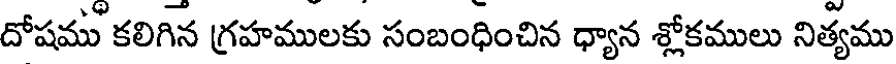
దోషము కలిగిన గ్రహములకు సంబంధించిన ధ్యాన శ్లోకములు నిత్యము